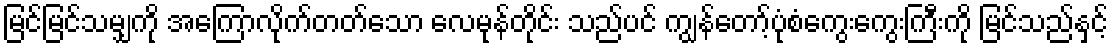
မြင်မြင်သမျှကို အကြောလိုက်တတ်သော လေမုန်တိုင်း သည်ပင် ကျွန်တော့်ပုံစံကွေးကွေးကြီးကို မြင်သည်နှင့်